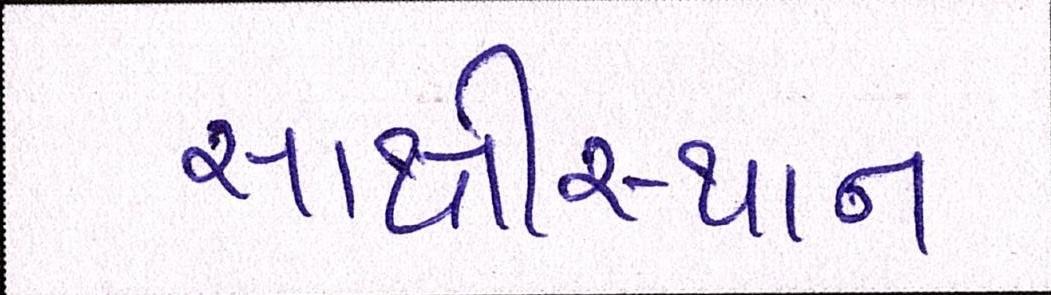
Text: સાક્ષીસ્થાન